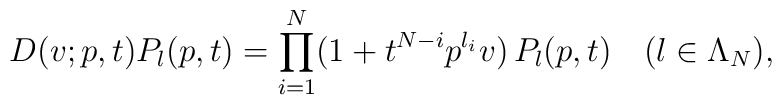
D(v;p,t)P_{\l}(p,t) = \prod_{i=1}^N (1 + t^{N-i}p^{\l_i}v)\, P_{\l}(p,t) \quad(\l \in \Lambda_N),